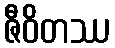
ဇီဝိတဿ